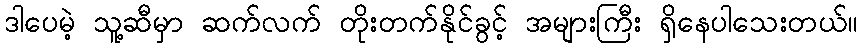
ဒါပေမဲ့ သူ့ဆီမှာ ဆက်လက် တိုးတက်နိုင်ခွင့် အများကြီး ရှိနေပါသေးတယ်။